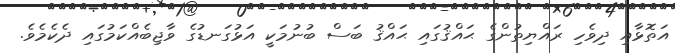
އަތޮޅާއި ދިވެހި ރައްޔިތުންގެ ޙައްޤުގައި ޙައްޤު ބަސް ބުނުމަކީ އަޅުގަނޑުގެ ވާޖިބެއްކަމުގައި ދެކެމެވެ.